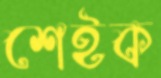
শেইক